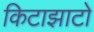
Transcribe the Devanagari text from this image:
किटाझाटो